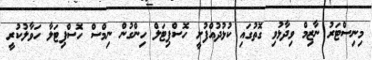
މިނިސްޓަރު ނާޒިމް ވިދާޅުވި ގޮތުގައި ކުޅުދުއްފުށީ ހޮސްޕިޓަލް ހިންގުން ނިމްސް ހޮސްޕިޓަލާ ހަވާލުކުރީ